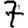
Digit: 7